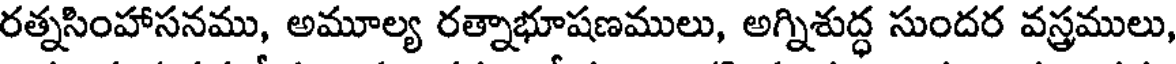
రత్నసింహాసనము, అమూల్య రత్నాభూషణములు, అగ్నిశుద్ధ సుందర వస్త్రములు,